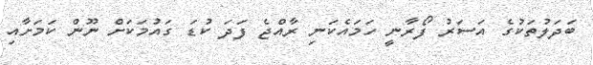
ބަދަލުތަކުގެ އަސަރު ފޯރާނީ ހަމައެކަނި ރާއްޖެ ފަދަ ކުޑަ ގައުމަކަށް ނޫން ކަމަށާއި